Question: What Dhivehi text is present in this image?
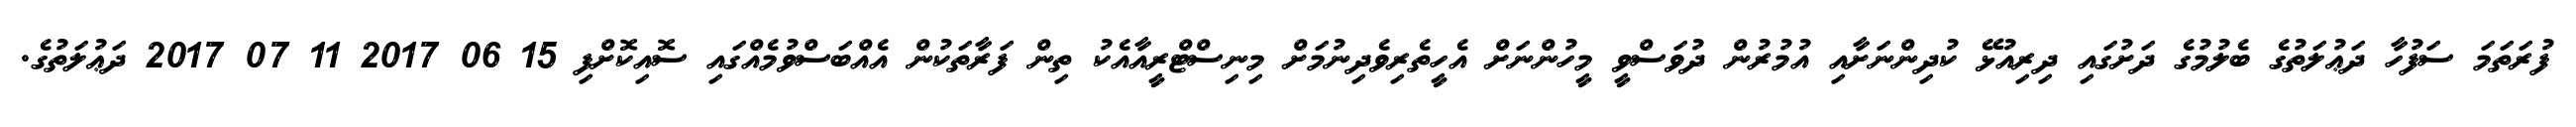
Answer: ފުރަތަމަ ސަފުހާ ދަޢުލަތުގެ ބެލުމުގެ ދަށުގައި ދިރިއުޅޭ ކުދިންނަށާއި އުމުރުން ދުވަސްވީ މީހުންނަށް އެހީތެރިވެދިނުމަށް މިނިސްޓްރީއާއެކު ތިން ފަރާތަކުން އެއްބަސްވުމެއްގައި ސޮއިކޮށްފި 15 06 2017 11 07 2017 ދަޢުލަތުގެ.